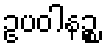
ဥပဝါနဉ္စ